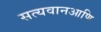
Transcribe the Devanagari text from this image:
सत्यवानआणि